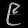
Digit: ၉